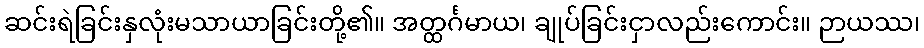
ဆင်းရဲခြင်းနှလုံးမသာယာခြင်းတို့၏။ အတ္ထင်္ဂမာယ၊ ချုပ်ခြင်းငှာလည်းကောင်း။ ဉာယဿ၊